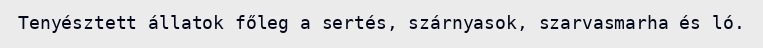
Tenyésztett állatok főleg a sertés, szárnyasok, szarvasmarha és ló.